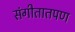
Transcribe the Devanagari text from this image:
संगीतातपण